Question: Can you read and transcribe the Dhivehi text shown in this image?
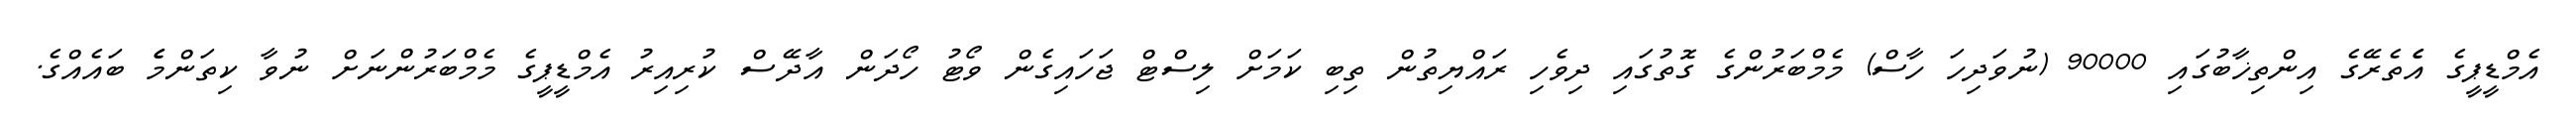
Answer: އެމްޑީޕީގެ އެެތެރޭގެ އިންތިޚާބުގައި 90000 (ނުވަދިހަ ހާސް) މެމްބަރުންގެ ގޮތުގައި ދިވެހި ރައްޔިތުން ތިބި ކަމަށް ލިސްޓް ޖަހައިގެން ވޯޓު ހޯދަން އާދޭސް ކުރިއިރު އެމްޑީޕީގެ މެމްބަރުންނަށް ނުވާ ކިތަންމެެ ބައެއްގެ.